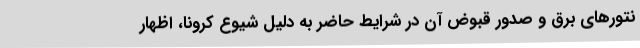
نتورهای برق و صدور قبوض آن در شرایط حاضر به دلیل شیوع کرونا، اظهار